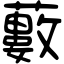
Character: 藪